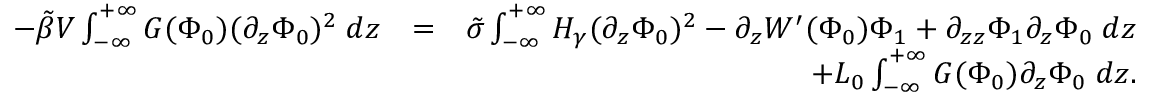
\begin{array} { r l r } { - \tilde { \beta } { \cal { V } } \int _ { - \infty } ^ { + \infty } G ( \Phi _ { 0 } ) ( \partial _ { z } \Phi _ { 0 } ) ^ { 2 } \; d z } & { = } & { \tilde { \sigma } \int _ { - \infty } ^ { + \infty } { \cal { H } } _ { \gamma } ( \partial _ { z } \Phi _ { 0 } ) ^ { 2 } - \partial _ { z } W ^ { \prime } ( \Phi _ { 0 } ) \Phi _ { 1 } + \partial _ { z z } \Phi _ { 1 } \partial _ { z } \Phi _ { 0 } \; d z } \\ & { } & { + L _ { 0 } \int _ { - \infty } ^ { + \infty } G ( \Phi _ { 0 } ) \partial _ { z } \Phi _ { 0 } \; d z . } \end{array}